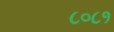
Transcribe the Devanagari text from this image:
८०८१